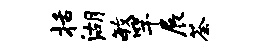
括湖毓竿展荼